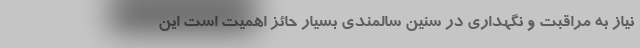
نیاز به مراقبت و نگهداری در سنین سالمندی بسیار حائز اهمیت است این